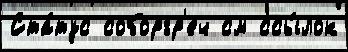
Ста́тус соборгр'еч см ссы́лок